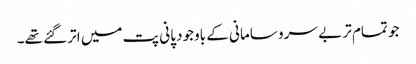
جو تمام تر بے سرو سامانی کے باوجود پانی پت میں اتر گئے تھے۔